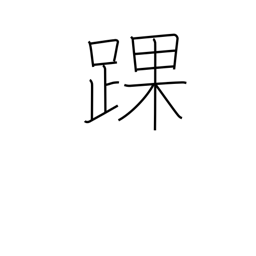
Meaning: ankle